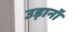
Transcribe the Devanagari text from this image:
उड़ानॉ